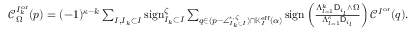
\begin{array} { r } { \mathcal { C } _ { \Omega } ^ { I _ { k } ^ { \mathrm { o r } } } ( p ) = ( - 1 ) ^ { { \boldsymbol { \kappa } } - k } \sum _ { I , I _ { k } \subset I } \mathrm { s i g n } _ { I _ { k } \subset I } ^ { \zeta } \sum _ { q \in ( p - \angle _ { I _ { k } \subset I } ^ { * , \zeta } ) \cap \mathbb { K } _ { I } ^ { { \mathrm { e f f } } } ( \alpha ) } \mathrm { s i g n } \left( \frac { \Lambda _ { l = 1 } ^ { k } \mathsf { D } _ { i _ { l } } \wedge \Omega } { \Lambda _ { l = 1 } ^ { { \boldsymbol { \kappa } } } \mathsf { D } _ { i _ { l } } } \right) \mathcal { C } ^ { I ^ { \mathrm { o r } } } ( q ) . } \end{array}